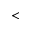
<